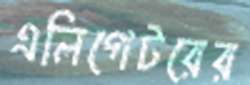
এলিগেটরের